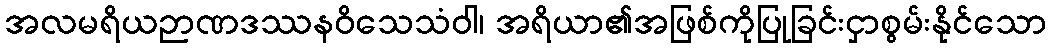
အလမရိယဉာဏဒဿနဝိသေသံဝါ၊ အရိယာ၏အဖြစ်ကိုပြုခြင်းငှာစွမ်းနိုင်သော